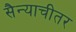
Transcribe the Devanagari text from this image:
सैन्याचीतर